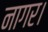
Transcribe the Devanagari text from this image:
नागर।